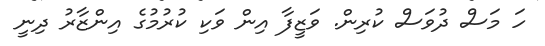
ހަ މަސް ދުވަސް ކުރިން. ވަޒީފާ އިން ވަކި ކުރުމުގެ އިންޒާރު ދިނީ